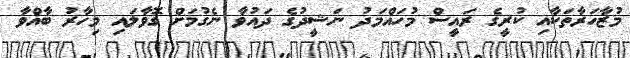
މުޒާހަރާތަކާއި ކުރީގެ ރައީސް މުހައްމަދު ނަޝީދުގެ ދައުވާ ނެގުމަށް ގޮވާލައި މިހާރު ބާއްވާ